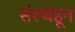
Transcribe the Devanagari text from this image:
संस्थेहून